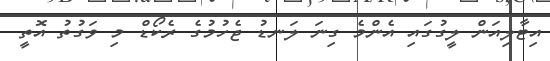
އިޓާލިއަން ލީގުގައި އެންމެ ގިނަ ލަނޑު ޖެހުމުގެ ރެކޯޑް މި ވަގުތު އޮތީ